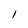
Character: 1